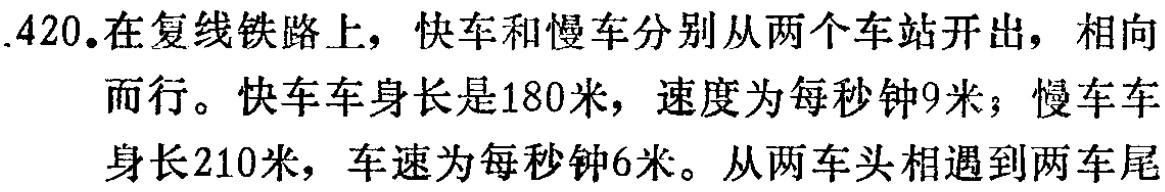
.420.在复线铁路上，快车和慢车分别从两个车站开出，相向而行。快车车身长是180米，速度为每秒钟9米；慢车车身长210米，车速为每秒钟6米。从两车头相遇到两车尾